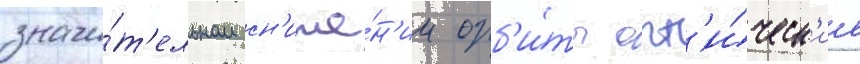
значи́т'ельном сн'иже́н'ии орб'и́ты опт'и́ческ'ие